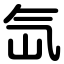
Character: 氙